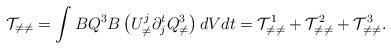
LaTeX: \begin{align*}\mathcal{T}_{\neq \neq} & = \int B Q^3 B \left( U_{\neq}^j \partial_j^t Q^3_{\neq} \right) dV dt = \mathcal{T}_{\neq\neq}^1 + \mathcal{T}_{\neq\neq}^2 + \mathcal{T}_{\neq\neq}^3.\end{align*}